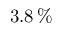
3 . 8 \, \%